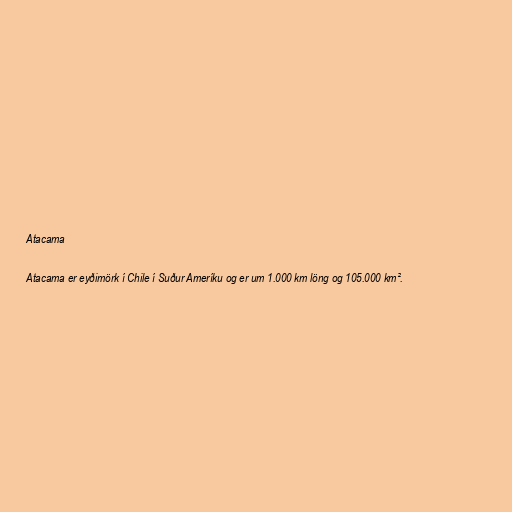
Atacama

Atacama er eyðimörk í Chile í Suður Ameríku og er um 1.000 km löng og 105.000 km².